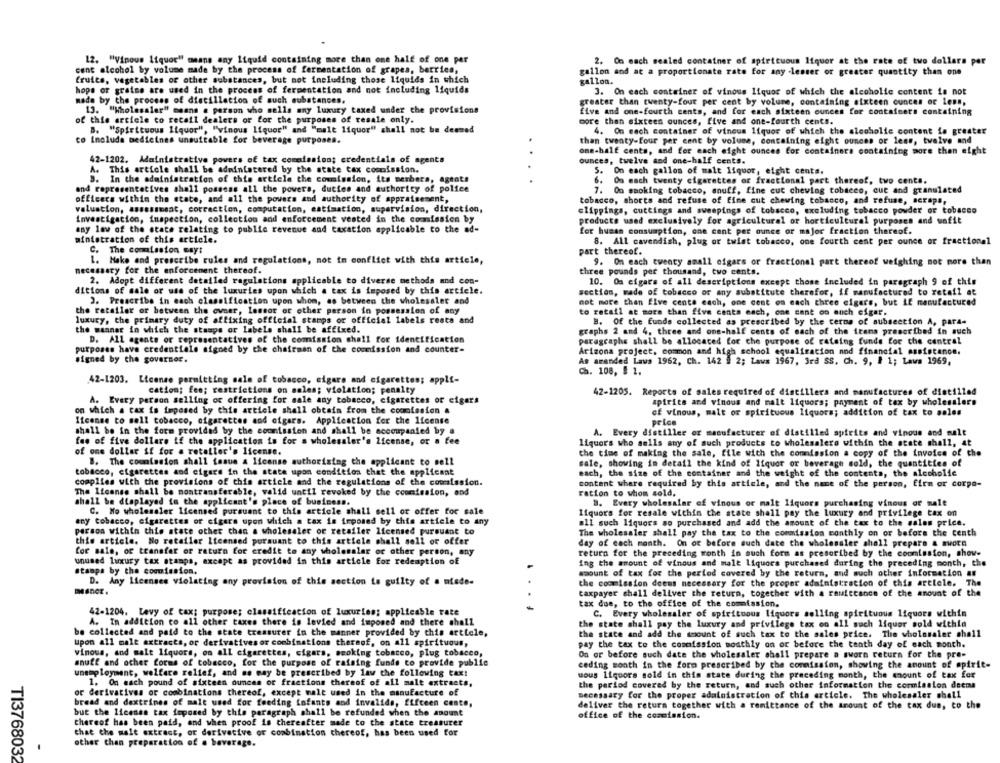
12. "Vinous liquor" mmans any liquid containing more than one half of one per
2. On each sealed container of spirituous Itquer at the rate of two dollars per
cent alcohol by volume made by the process of fermentation of grapes, berries,
gallon and at a proportionate rate for any lesser or greater quantity than one
fruits, vegetables or other substances, but not including those liquids in which
gallon.
hope or graine are used in the process of fermentation and not including liquids
3. On each container of vinous liquor of which the alcoholic content is not
made by the process of distillation of such substances.
greater than twenty-four per cent by volume, containing sixteen ounces or less,
13. "Wholesaler" means a person who sells any luxury taxed under the provisions
five and one-fourth cents, and for each sixteen ounces for containers containing
of this article to retail dealers or for the purposes of resale only.
more than sixteen ounces, five and one-fourth cents.
B. "Spirituous liquor", "vinous liquor" and "malt liquor" shall not be deemed
4. On each container of vineus liquor of which the alcoholic content is greater
co Inoluda medicines unsuitable for beverage purposes.
than twenty-four per cent by volume, containing eight ounces or less, twelve and
one-half cents, and for each eight ounces for containers containing more then eight
42-1202. Administrative powers of tax commission; credentials of agents
ounces, twelve and one-half cents.
A. This article shall be administered by the state tax commission.
5. On each gallon of malt liquor, eight cents.
3. In the administration of this article the commission, its merbara, agents
6.
On each twenty cigarettes or fractional part thereof, two cents.
and representatives shall possess all the powers, duties and authority of police
7. On smoking tobacco, snuff, fine cut chewing tobacco, cue and granulated
officers within the state, and all the powers and authority of appraisement,
tobacco, shorts and refuse of fine cut chewing tobacco, and refuse, scraps,
valuation, asssssmeat, correction, computation, estimation, supervision, direction,
clippings, cuttings and sweepings of tobacco, excluding tobacco powder or tobacco
Investigation, inspection, collection and enforcement vested in the commission by
products used exclusively for agricultural or horticultural purposes and wofit
any law of the state relating to public revenue and taxation applicable to the ad-
for human consumption, one cent per ounce or major fraction thereof.
ainistration of this article.
8. All cavendish, plug or twist tobacco, one fourth cent per ounce or fractional
C. The commission way:
part thereof.
1. Make and prescribe rules and regulations, not in conflict with this article,
9. On each twenty small cigars or fractional part thereof weighing not more than
necessary for the enforcement thereof.
three pounds per thousand, two cents.
2. Adopt different detailed ragulations applicable to diverse methods and con-
10. Oa cigars of all descriptions except those included in paragraph 9 of this
ditions of male or use of the luxuries upon which a tax is imposed by this article.
section, made of tobacco or any substitute therefor, if manufactured to retail et
3. Prescribe in each classification upon whom, as between the wholesaler and
not more than five cente each, one cent on each three cigars, but if manufactured
the retailer or between the owner, lessor or other person in possession of any
to retail at more than five canta ench, one cane on auch cigar.
luxury, the primary duty of affixing official stamps or official labels rests and
B. Of the funds collected as prescribed by the terms of subsection A, para-
the manner in which the stamps or labels shall be affixed.
graphs 2 and 4, three and one-half cents of each of the itens prescribed in such
D. All agents of representatives of the comission shall for identification
paragraphe shall be allocated for the purpose of rateing funds for the central
purposes have credentials signed by the chairman of the commission and counter-
Arizona project, common and high school equalization and financial assistance.
signed by the governor.
As amended Lavs 1962, Ch. 142 3 2; Laws 1967, 3rd SS. Ch. 9, # 1; Lava 1969,
Ch. 108, 5 1.
42-1203. License permitting sale of tobacco, cigars and cigarettes; appli-
cation; fee; restrictions on sales; violation; penalty
42-1205. Reports of sales required of distillers and manufactures of distilled
A. Every person selling or offering for sale any tobacco, cigarettes or eigers
spirits and vinous and malt liquors; payment of tax by wholesalers
on which a tax is imposed by this article shall obtain from the coomission #
of vinous, malt or spirituous liquors; addition of tax to sales
Itcanse to soll tobacco, cigarettes and cigars. Application for the license
shall be in the form provided by the commission and shall be accompanied by a
A. Every distiller or manufacturer of distilled spirits and vinous and malt
fee of five dollars if the application is for a wholesaler's license, or a fee
liquor's who sells any of such products to wholesalers within the state shall, at
of one dollar if for a retailer's license.
the time of making the sale, file with the commission a copy of the invoice of the
B. The commission shall tasue A license authorizing the applicant to sell
sale, showing in detail the kind of liquor or beverage sold, the quantities of
tobacco, cigarettes and cigars in the state upon condition that the applicant
each, the size of the container and the weight of the contents, the alcoholfe
complies with the provisions of this article and the regulations of the commission.
content where required by this article, and the name of the person, firm or corpo-
The license shall be nontransferable, valid until revoked by the commission, and
ration to whom sold,
shall be displayed in the applicant's place of business.
B. Every wholesaler of vinous or malt liquors purchasing vinous or male
C. Ho wholesaler licensed pursuant to this article shall sell or offer for sale
liquors for resale within the state shall pay the luxury and privilege tax on
any tobacco, cigarettes of cigars upon which a tax is imposed by this article to any
all such liquors so purchased and add the amount of the tax to the sales price.
person within this state other chan a wholesaler or retailer licensed pursuant to
The wholesaler shall pay the tax to the commission monthly on or before the centh
this article. No retailer Iteensed pursuant to this article shall soll or offer
day of each month. On or before such date the wholesaler shall prepare & sworn
for sale, or transfer or return for credit to any wholesaler or other person, any
return for the preceding month in such form as prescribed by the coomission, show-
unused luxury tax stamps, except as provided in this article for redemption of
ing the amount of vinous and malt Liquors purchased during the preceding month, the
Stamps by the commission.
maount of tax for the period covered by the return, and much other information an
D. Any licenses violating any provision of this section is guilty of a niede-
the commission deems necessary for the proper administration of this article. The
taxpayer chall deliver the return, together with a rauiccance of the amount of the
tax due, to the office of the commission.
42-1204. Levy of tax; purpose; classification of luxuries; applicable rate
C. Every wholesaler of spiritoous liquors selling spirituous liquors within
A. In addition to all other taxes there is levied and imposed and there shall
the state shall pay the luxury and privilege tax on all such liquor sold withla
be collected and paid to the state treasurer in the manner provided by this article,
the state and add the moount of such tax to the sales price. The wholesaler shall
upon all male extracts, or derivatives or combinations thereof, on all spiritvous,
pay the tax to the commission monthly on or before the tenth day of each month.
vinous, and salt liquors, on all cigarettes, cigars, smoking tobacco, plug tobacco,
On or before such date the wholesaler shall prepare a sworn return for the pre-
snuff and other forms of tobacco, for the purpose of raising funds to provide public
ceding month in the form prescribed by the commission, showing the amount of spirit-
unemployment, welfare relief, and as may be prescribed by law the following tax!
uous liquors sold in this state during the preceding month, the amount of tax for
1. On each pound of sixteen ounces or fractions thereof of all malt extracts,
the period covered by the return, and such other information the commission deema
or derivatives or combinations thereof, except malt used in the manufacture of
necessary for the proper adainistration of this article. The wholesaler shell
bread and dextrines of malt used for feeding infants and invalids, fifteen cente,
deliver the return together with a remittance of the amount of the tax due, to the
but the license tax imposed by this paragraph shall be refunded when the amount
office of the commission.
thereof has been paid, and when proof is thereafter made to the state treasurer
that che malt extract, or derivative or combination thereof, has been used for
other than preparation of a beverage.
TI3768032